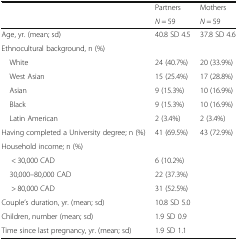
| <ROWSPAN=2>  | Partners | Mothers |
 | N = 59 | N = 59 |
 | --- | --- | --- |
 | Age, yr. (mean; sd) | 40.8 SD 4.5 | 37.8 SD 4.6 |
 | <COLSPAN=3> Ethnocultural background, n (%) |
 | White | 24 (40.7%) | 20 (33.9%) |
 | West Asian | 15 (25.4%) | 17 (28.8%) |
 | Asian | 9 (15.3%) | 10 (16.9%) |
 | Black | 9 (15.3%) | 10 (16.9%) |
 | Latin American | 2 (3.4%) | 2 (3.4%) |
 | Having completed a University degree; n (%) | 41 (69.5%) | 43 (72.9%) |
 | <COLSPAN=3> Household income; n (%) |
 | < 30,000 CAD | <COLSPAN=2> 6 (10.2%) |
 | 30,000–80,000 CAD | <COLSPAN=2> 22 (37.3%) |
 | > 80,000 CAD | <COLSPAN=2> 31 (52.5%) |
 | Couple’s duration, yr. (mean; sd) | <COLSPAN=2> 10.8 SD 5.0 |
 | Children, number (mean; sd) | <COLSPAN=2> 1.9 SD 0.9 |
 | Time since last pregnancy, yr. (mean; sd) | <COLSPAN=2> 1.9 SD 1.1 |